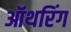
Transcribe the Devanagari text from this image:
ऑथरिंग